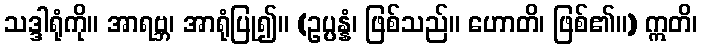
သဒ္ဒါရုံကို။ အာရဗ္ဘ၊ အာရုံပြု၍။ (ဥပ္ပန္နံ၊ ဖြစ်သည်။ ဟောတိ၊ ဖြစ်၏။) ဣတိ၊